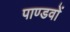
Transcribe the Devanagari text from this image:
पाण्डवाें